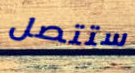
ستتصل